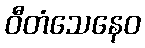
ဝီတံသေနေဝ